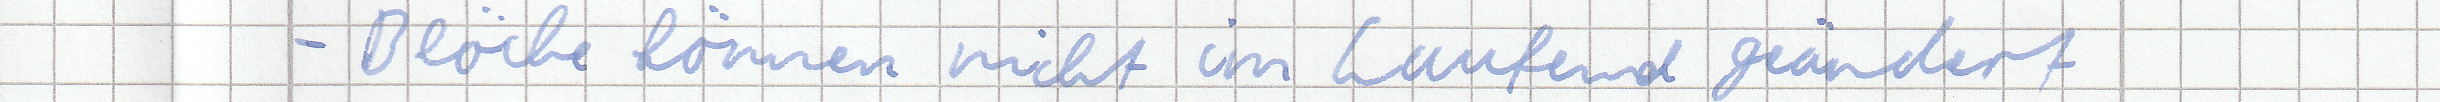
- Blöcke können nicht im Laufend geändert